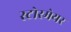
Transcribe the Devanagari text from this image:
स्टोरमेयर